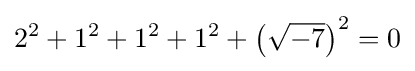
2^{2}+1^{2}+1^{2}+1^{2}+\left({\sqrt {-7}}\right)^{2}=0